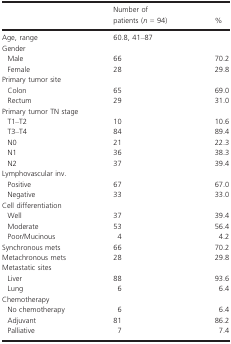
|  | Number of patients (n = 94) | % |
 | --- | --- | --- |
 | Age, range | 60.8, 41–87 |  |
 | <COLSPAN=3> Gender |
 | Male | 66 | 70.2 |
 | Female | 28 | 29.8 |
 | Primary tumor site |  |  |
 | Colon | 65 | 69.0 |
 | Rectum | 29 | 31.0 |
 | <COLSPAN=3> Primary tumor TN stage |
 | T1–T2 | 10 | 10.6 |
 | T3–T4 | 84 | 89.4 |
 | N0 | 21 | 22.3 |
 | N1 | 36 | 38.3 |
 | N2 | 37 | 39.4 |
 | <COLSPAN=3> Lymphovascular inv. |
 | Positive | 67 | 67.0 |
 | Negative | 33 | 33.0 |
 | <COLSPAN=3> Cell differentiation |
 | Well | 37 | 39.4 |
 | Moderate | 53 | 56.4 |
 | Poor/Mucinous | 4 | 4.2 |
 | Synchronous mets | 66 | 70.2 |
 | Metachronous mets | 28 | 29.8 |
 | <COLSPAN=3> Metastatic sites |
 | Liver | 88 | 93.6 |
 | Lung | 6 | 6.4 |
 | <COLSPAN=3> Chemotherapy |
 | No chemotherapy | 6 | 6.4 |
 | Adjuvant | 81 | 86.2 |
 | Palliative | 7 | 7.4 |